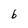
Character: 6